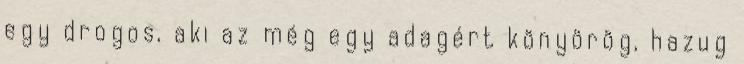
egy drogos, aki az még egy adagért könyörög, hazug